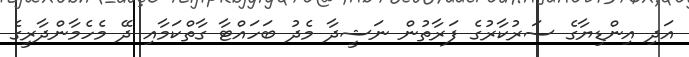
އަދި އިންޑިޔާގެ ސަރުކާރުގެ ފަރާތުން ނަޝީދާ މެދު ބަހައްޓާ ގާތްކަމާއި ދޭ މެހެމާންދާރީގެ